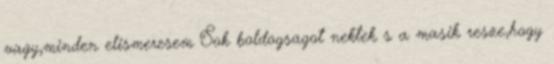
vagy,minden elismeresem Sok boldogsagot nektek s a masik resze,hogy